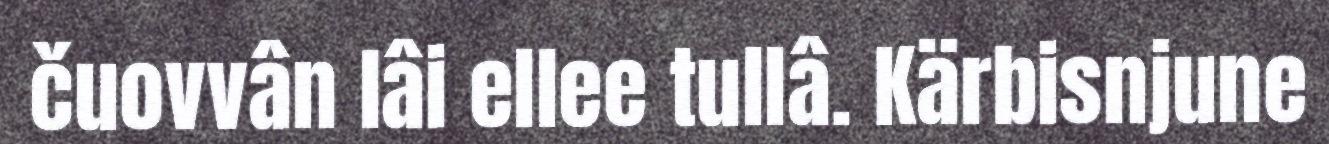
čuovvân lâi ellee tullâ. Kärbisnjune